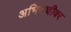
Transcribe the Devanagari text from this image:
अभिरुचीवर